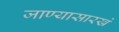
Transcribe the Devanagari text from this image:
जाण्यासारखे